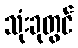
သုံးခုတွင်